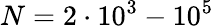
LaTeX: N=2\cdot 10^{3}-10^{5}